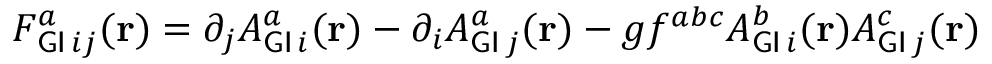
F _ { { \sf G I } \, i j } ^ { a } ( { \bf r } ) = \partial _ { j } A _ { { \sf G I } \, i } ^ { a } ( { \bf r } ) - \partial _ { i } A _ { { \sf G I } \, j } ^ { a } ( { \bf r } ) - g f ^ { a b c } A _ { { \sf G I } \, i } ^ { b } ( { \bf r } ) A _ { { \sf G I } \, j } ^ { c } ( { \bf r } )